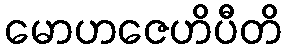
မောဟဇေဟိပီတိ